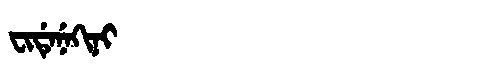
Manchu: ᠸᡳᡩᡝᠨᡝᡴᡳᠨᡳ
Romanization: FIDENEKINI